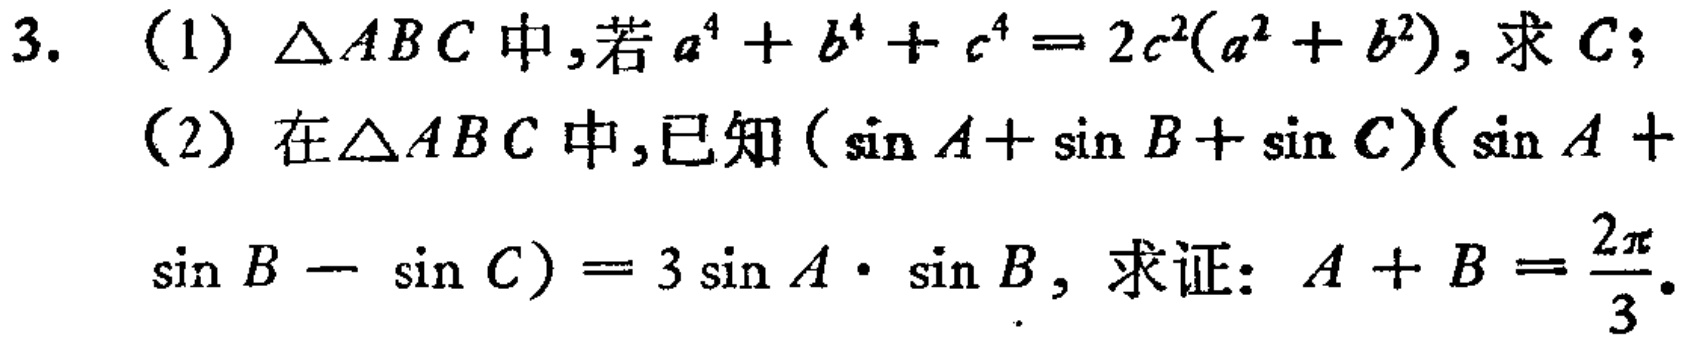
3. (1) $\triangle ABC$中,若$a^{4}+b^{4}+c^{4}=2c^{2}(a^{2}+b^{2})$, 求$C$;
(2) 在$\triangle ABC$中,已知$(\sin A+\sin B+\sin C)(\sin A +\sin B - \sin C)=3\sin A\cdot\sin B$, 求证: $A + B =\frac{2\pi}{3}$.